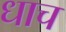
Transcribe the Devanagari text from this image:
धाच